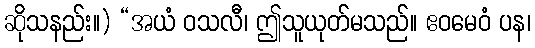
ဆိုသနည်း။) “အယံ ဝသလီ၊ ဤသူယုတ်မသည်။ ဧဝမေဝံ ပန၊